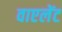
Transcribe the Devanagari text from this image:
वाएलेंट